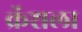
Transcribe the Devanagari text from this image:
क्रॅशला